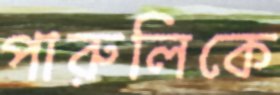
পারুলিকে